Leprosy in India: report of the Leprosy Commission in India, 1890-91
Year: 1890
Disease focus: Leprosy
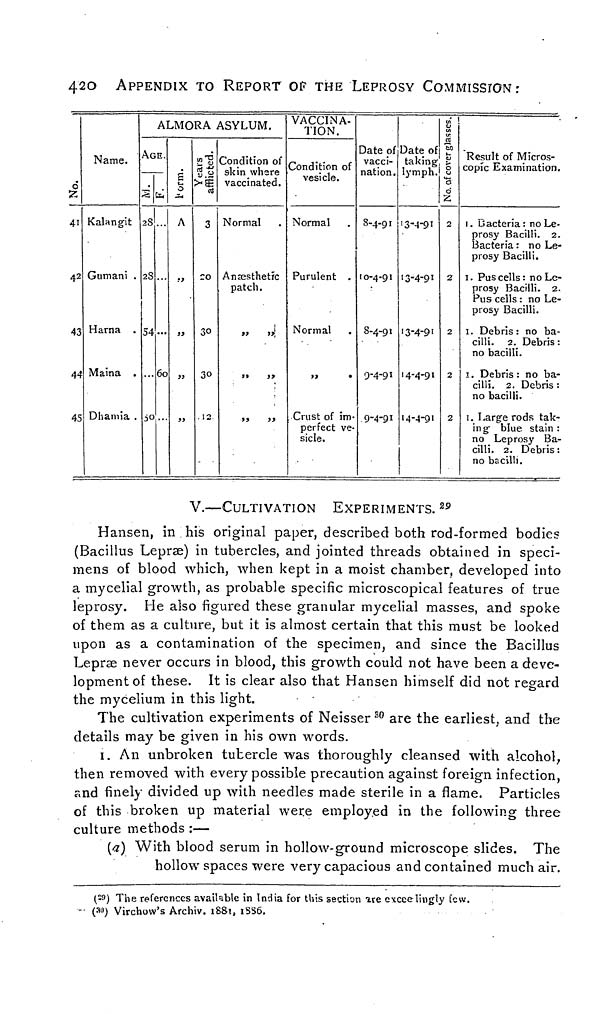
42O
APPENDIX TO REPORT OF THE LEPROSY COMMISSION.-
41
42
43
44
45
Name.
Kalangit
Gumani .
Harna .
Maina .
Dhamia .
ALMORA i
AGE.
S
2S
2S
54
tú
60
g
Ut O
A
»
>!
))
2'S
cö tí
V .S
>m si
3
CO
30
30
12
\SYLUM.
Condition of
Slvlll Willie
vaccinated.
Normal
Anœsthetrc
patch.
» »
VACCINA-
TION.
Condition of
vesicle.
Normal
Purulent .
Normal
Crust of im-
perfect ve-
sicle.
Date of
vacci-
nation .
8-4-91
10-4-91
S-4-9»
9-4-91
9-4-91
Date of
taking-
1 Y m p h •
13-4-91
13-4-91
13-4-91
14-4-91
14-4-91
isses.
to
>
0
0
No,
2
2
2
2
2
Result of Micros-
copic Examination.
1. Bacteria: no Le-
prosy Bacilli. 2.
Bacteria : no Le-
prosy Bacilli.
1. Pus cells: no Le-
prosy Bacilli. 2.
Pus cells : no Le-
prosy Bacilli.
1. Debris : no ba-
cilli. 2. Debris :
no bacilli.
I. Debris : no ba-
cilli. 2. Debris :
no bacilli.
1. Large rods tak-
ing- blue stain :
no Leprosy Ba-
cilli. 2. Debris:
no bacilli.
V.—CULTIVATION
EXPERIMENTS. 29
Hansen, in his original paper, described both rod-formed bodies
(Bacillus Leprse) in tubercles, and jointed threads obtained in speci-
mens of blood which, when kept in a moist chamber, developed into
a mycelial growth, as probable specific microscopical features of true
leprosy. He also figured these granular mycelial masses, and spoke
of them as a culture, but it is almost certain that this must be looked
upon as a contamination of the specimen, and since the Bacillus
Leprae never occurs in blood, this growth could not have been a deve-
lopment of these. It is clear also that Hansen himself did not regard
the mycelium in this light.
The cultivation experiments of Neisser so are the earliest, and the
details may be given in his own words.
1. An unbroken tubercle was thoroughly cleansed with alcohol,
then removed with every possible precaution against foreign infection,
and finely divided up with needles made sterile in a flame. Particles
of this broken up material were employed in the following three
culture methods :—
{a) With blood serum in hollow-ground microscope slides. The
hollow spaces were very capacious and contained much air.
( 2!) ) The references available in India for this section are etccelingly few.
(*') Virchow's Archiv. 188!, 1SS6.